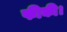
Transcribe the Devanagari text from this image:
फीकी।